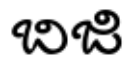
బిజి